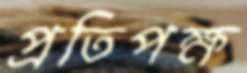
প্রতিপক্ষ